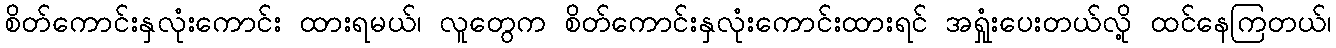
စိတ်ကောင်းနှလုံးကောင်း ထားရမယ်၊ လူတွေက စိတ်ကောင်းနှလုံးကောင်းထားရင် အရှုံးပေးတယ်လို့ ထင်နေကြတယ်၊